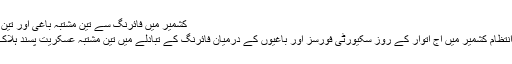
کشمیر میں فائرنگ سے تين مشتبہ باغی اور تين شہری ہلاک
بھارتی زیر انتظام کشمیر میں آج اتوار کے روز سکیورٹی فورسز اور باغیوں کے درمیان فائرنگ کے تبادلے میں تین مشتبہ عسکریت پسند ہلاک ہوگئے ہیں۔